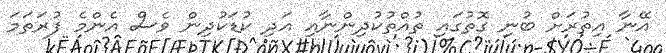
އޭނާ އިތުރަށް ބުނި ގޮތުގައި ތުއްތުކުދިންނާއި އަދި ކުޑަކުދިން ވެސް އެންމެ ފުރަތަމަ